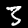
Label: 3